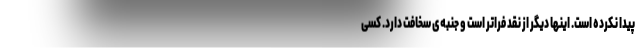
پیدا نکرده است. اینها دیگر از نقد فراتر است و جنبه‌ی سخافت دارد. کسی